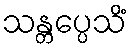
သန္တပ္ပေသိံ